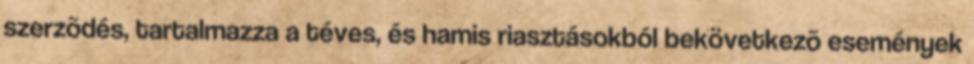
szerzõdés, tartalmazza a téves, és hamis riasztásokból bekövetkezõ események